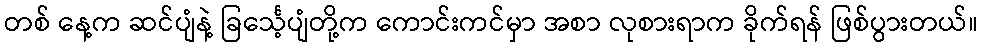
တစ် နေ့က ဆင်ပျံနဲ့ ခြင်္သေ့ပျံတို့က ကောင်းကင်မှာ အစာ လုစားရာက ခိုက်ရန် ဖြစ်ပွားတယ်။